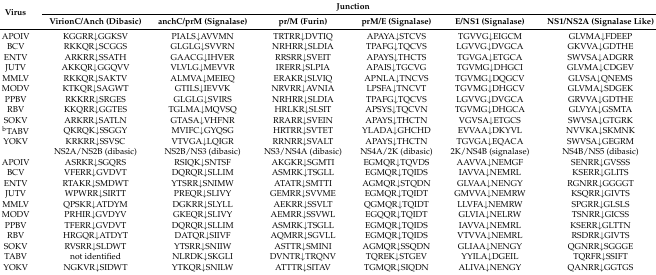
<table><thead><tr><td rowspan="2"><b>Virus</b></td><td colspan="6"><b>Junction</b></td></tr><tr><td><b>VirionC/Anch (Dibasic)</b></td><td><b>anchC/prM (Signalase)</b></td><td><b>pr/M (Furin)</b></td><td><b>prM/E (Signalase)</b></td><td><b>E/NS1 (Signalase)</b></td><td><b>NS1/NS2A (Signalase Like)</b></td></tr></thead><tbody><tr><td>APOIV</td><td>KGGRR↓GGKSV</td><td>PIALS↓AVVMN</td><td>TRTRR↓DVTIQ</td><td>APAYA↓STCVS</td><td>TGVVG↓EIGCM</td><td>GLVMA↓FDEEP</td></tr><tr><td>BCV</td><td>RKKQR↓SCGGS</td><td>GLGLG↓SVVRN</td><td>NRHRR↓SLDIA</td><td>TPAFG↓TQCVS</td><td>LGVVG↓DVGCA</td><td>GKVVA↓GDTHE</td></tr><tr><td>ENTV</td><td>ARKRR↓SSATH</td><td>GAACG↓IHVER</td><td>RRSRR↓SVEIT</td><td>APAYS↓THCTS</td><td>TGVGA↓ETGCA</td><td>SWVSA↓ADGRR</td></tr><tr><td>JUTV</td><td>AKKQR↓GGQVV</td><td>VLVLG↓MEVVR</td><td>IRERR↓SLPIA</td><td>APAIS↓TGCVG</td><td>TGVMG↓DHGCI</td><td>GLVMA↓CDGEV</td></tr><tr><td>MMLV</td><td>RKKQR↓SAKTV</td><td>ALMVA↓MEIEQ</td><td>ERAKR↓SLVIQ</td><td>APNLA↓TNCVS</td><td>TGVMG↓DQGCV</td><td>GLVSA↓QNEMS</td></tr><tr><td>MODV</td><td>KTKQR↓SAGWT</td><td>GTILS↓IEVVK</td><td>NRVRR↓AVNIA</td><td>LPSFA↓TNCVT</td><td>TGVMG↓DHGCV</td><td>GLVMA↓SDGEK</td></tr><tr><td>PPBV</td><td>RKKRR↓SRGES</td><td>GLGLG↓SVIRS</td><td>NRHRR↓SLDIA</td><td>TPAFG↓TQCVS</td><td>LGVVG↓DVGCA</td><td>GRVVA↓GDTHE</td></tr><tr><td>RBV</td><td>KKQRR↓GGTES</td><td>TGLMA↓MQVSQ</td><td>HRLKR↓SLSIT</td><td>APSYS↓TQCVN</td><td>TGVMG↓DHGCA</td><td>GLVYA↓GSMTA</td></tr><tr><td>SOKV</td><td>ARKRR↓SATLN</td><td>GTASA↓VHFNR</td><td>RRARR↓SVEIN</td><td>APAYS↓THCTN</td><td>VGVSA↓ETGCS</td><td>SWVSA↓GTGRK</td></tr><tr><td><sup>b</sup>TABV</td><td>QKRQK↓SSGGY</td><td>MVIFC↓GYQSG</td><td>HRTRR↓SVTET</td><td>YLADA↓GHCHD</td><td>EVVAA↓DKYVL</td><td>NVVKA↓SKMNK</td></tr><tr><td>YOKV</td><td>KRKRR↓SSVSC</td><td>VTVGA↓LQIGR</td><td>RRNRR↓SVALT</td><td>APAYS↓THCTN</td><td>TGVGA↓EQACA</td><td>SWVSA↓GEGRM</td></tr><tr><td></td><td>NS2A/NS2B (dibasic)</td><td>NS2B/NS3 (dibasic)</td><td>NS3/NS4A (dibasic)</td><td>NS4A/2K (dibasic)</td><td>2K/NS4B (signalase)</td><td>NS4B/NS5 (dibasic)</td></tr><tr><td>APOIV</td><td>ASRKR↓SGQRS</td><td>RSIQK↓SNTSF</td><td>AKGKR↓SGMTI</td><td>EGMQR↓TQVDS</td><td>AAVVA↓NEMGF</td><td>SENRR↓GVSSS</td></tr><tr><td>BCV</td><td>VFERR↓GVDVT</td><td>DQRQR↓SLLIM</td><td>ASMRK↓TSGLL</td><td>EGMQR↓TQIDS</td><td>IAVVA↓NEMRL</td><td>KSERR↓GLITS</td></tr><tr><td>ENTV</td><td>RTAKR↓SMDWT</td><td>YTSRR↓SNIMW</td><td>ATATR↓SMTTI</td><td>AGMQR↓STQDN</td><td>GLVAA↓NENGY</td><td>RGNRR↓GGGGT</td></tr><tr><td>JUTV</td><td>WPWRR↓SIRTT</td><td>PREQR↓SLIVY</td><td>GEMRR↓SVVME</td><td>EGMQR↓TQIDT</td><td>GMVVA↓NEMRW</td><td>KSQRR↓GIVTS</td></tr><tr><td>MMLV</td><td>QPSKR↓ATDYM</td><td>DGKRR↓SLYLL</td><td>AEKRR↓SSVLT</td><td>QGMQR↓TQIDT</td><td>LLVFA↓NEMRW</td><td>SPGRR↓GLSLS</td></tr><tr><td>MODV</td><td>PRHIR↓GVDYV</td><td>GKEQR↓SLIVY</td><td>AEMRR↓SSVWL</td><td>EGQQR↓TQIDT</td><td>GLVIA↓NELRW</td><td>TSNRR↓GICSS</td></tr><tr><td>PPBV</td><td>TFERR↓GVDVT</td><td>DQRQR↓SLLIM</td><td>ASMRK↓TSGLL</td><td>EGMQR↓TQIDS</td><td>IAVVA↓NEMRL</td><td>KSERR↓GLTTN</td></tr><tr><td>RBV</td><td>HRGQR↓ATDYT</td><td>DATQR↓SIIVF</td><td>AQMRR↓SGVLL</td><td>EGMQR↓TQIDS</td><td>VTVVA↓NEMRL</td><td>RSDRR↓GIVTS</td></tr><tr><td>SOKV</td><td>RVSRR↓SLDWT</td><td>YTSRR↓SNIIW</td><td>ASTTR↓SMINI</td><td>AGMQR↓SSQDN</td><td>GLIAA↓NENGY</td><td>QGNRR↓SGGGE</td></tr><tr><td>TABV</td><td>not identified</td><td>NLRDK↓SKGLI</td><td>DVNTR↓TRQNV</td><td>TQREK↓STGEV</td><td>YYILA↓DGEIL</td><td>TQRFR↓SSIFT</td></tr><tr><td>YOKV</td><td>NGKVR↓SIDWT</td><td>YTKQR↓SNILW</td><td>ATTTR↓SITAV</td><td>TGMQR↓SIQDN</td><td>ALIVA↓NENGY</td><td>QANRR↓GGTGS</td></tr></tbody></table>